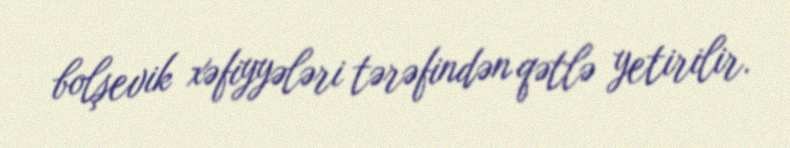
bolşevik xəfiyyələri tərəfindən qətlə yetirilir.